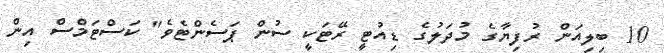
10 ބިލިއަން ރުފިޔާގެ މުދަލުގެ ޑިއުޓީ ރޭޓަކީ ސުން ޕަސެންޓެވެ" ކަސްޓަމްސް އިން